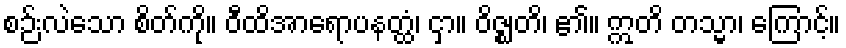
စဉ်းလဲသော စိတ်ကို။ ဝီထိအာရောပနတ္ထံ၊ ငှာ။ ဝိဇ္ဈတိ၊ ၏။ ဣတိ တသ္မာ၊ ကြောင့်။